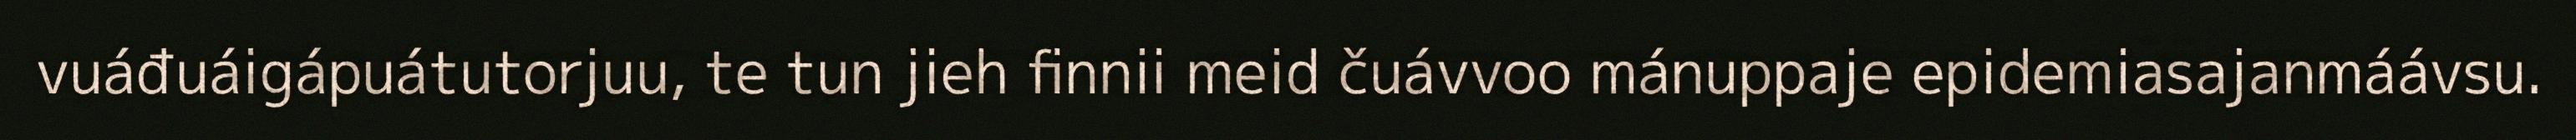
vuáđuáigápuátutorjuu, te tun jieh finnii meid čuávvoo mánuppaje epidemiasajanmáávsu.